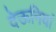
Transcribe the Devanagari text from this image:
देऊनियां